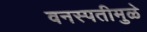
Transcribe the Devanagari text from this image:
वनस्पतीमुळे